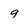
Character: 9